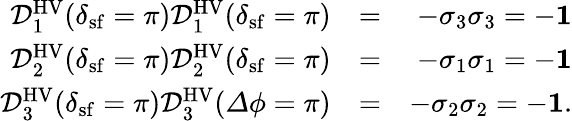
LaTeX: \begin{array}{rlr}{\mathcal{D}_{1}^{\mathrm{HV}}(\delta_{\mathrm{sf}}=\pi)\mathcal{D}_{1}^{\mathrm{HV}}(\delta_{\mathrm{sf}}=\pi)}&{=}&{-\sigma_{3}\sigma_{3}=-{\mathbf 1}}\\ {\mathcal{D}_{2}^{\mathrm{HV}}(\delta_{\mathrm{sf}}=\pi)\mathcal{D}_{2}^{\mathrm{HV}}(\delta_{\mathrm{sf}}=\pi)}&{=}&{-\sigma_{1}\sigma_{1}=-{\mathbf 1}}\\ {\mathcal{D}_{3}^{\mathrm{HV}}(\delta_{\mathrm{sf}}=\pi)\mathcal{D}_{3}^{\mathrm{HV}}({\mathit\Delta\phi}=\pi)}&{=}&{-\sigma_{2}\sigma_{2}=-{\mathbf 1}.}\end{array}